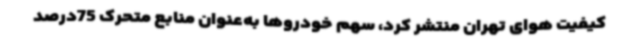
کیفیت هوای تهران منتشر کرد، سهم خودروها به‌عنوان منابع متحرک 75‌درصد